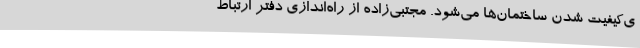
ی‌کیفیت شدن ساختمان‌ها می‌شود. مجتبی‌زاده از راه‌اندازی دفتر ارتباط